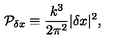
{ \cal P } _ { \delta x } \equiv { \frac { k ^ { 3 } } { 2 \pi ^ { 2 } } } | \delta x | ^ { 2 } ,